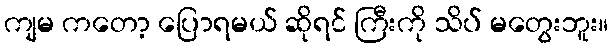
ကျမ ကတော့ ပြောရမယ် ဆိုရင် ကြီးကို သိပ် မတွေးဘူး။